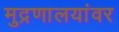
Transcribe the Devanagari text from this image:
मुद्रणालयांवर